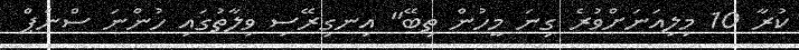
ކުރާ 10 މިލިއަނަށްވުރެ ގިނަ މީހުން ތިބޭ" އިނގިރޭސި ވިލާތުގައި ހުންނަ ސްނެޕް